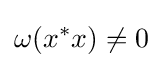
\omega (x^{*}x)\neq 0